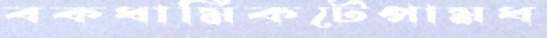
বকধার্মিকটেপামধ